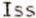
ISS